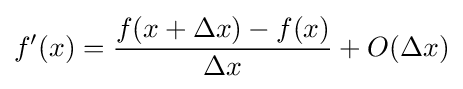
f'(x)={\frac {f(x+\Delta x)-f(x)}{\Delta x}}+O(\Delta x)